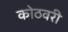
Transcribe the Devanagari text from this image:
कोठवरी